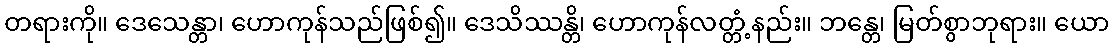
တရားကို။ ဒေသေန္တာ၊ ဟောကုန်သည်ဖြစ်၍။ ဒေသိဿန္တိ၊ ဟောကုန်လတ္တံ့နည်း။ ဘန္တေ၊ မြတ်စွာဘုရား။ ယော